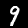
Label: 9